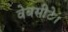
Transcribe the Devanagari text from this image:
वेबसीटे।